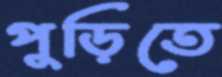
পুড়িতে